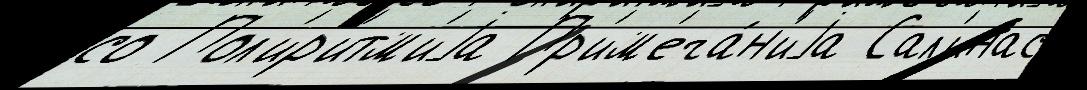
со Пол'ир'итм'иjа Пр'им'еча́н'иjа Сал'инас